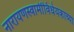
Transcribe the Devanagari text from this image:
नारायणस्वामींविधेयकाच्या